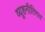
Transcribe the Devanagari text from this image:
व्यूहनीतिगत